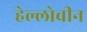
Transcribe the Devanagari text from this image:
हेल्लोवीन